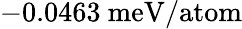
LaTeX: -0.0463\ \mathrm{meV/atom}